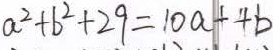
a ^ { 2 } + b ^ { 2 } + 2 9 = 1 0 a + 4 b